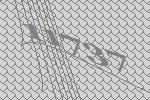
11737